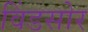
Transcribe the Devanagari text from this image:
विंडसोर